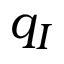
q _ { I }